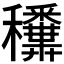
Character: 𥤑